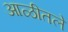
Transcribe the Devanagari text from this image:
आळीतले